Indian journal of veterinary science and animal husbandry - Volume 3,
Year: 1933
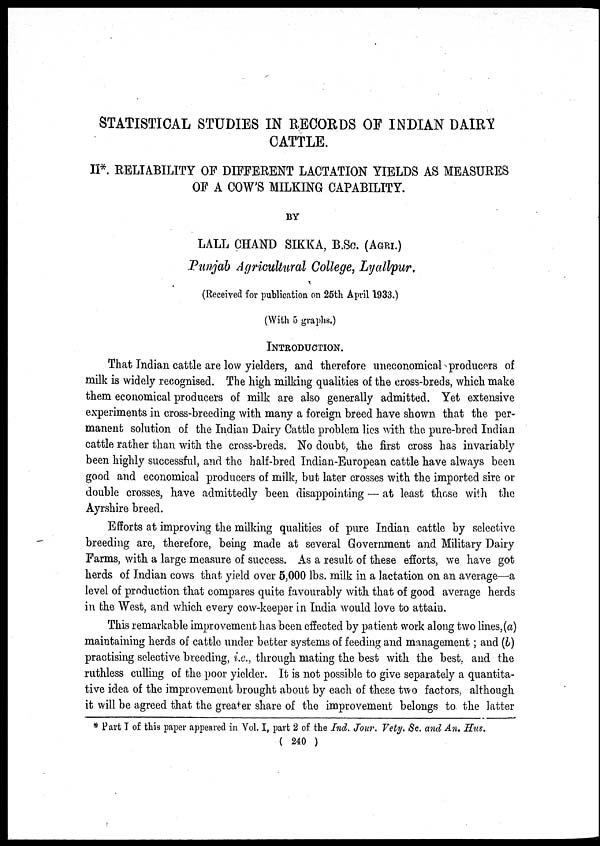
STATISTICAL STUDIES IN RECORDS OF INDIAN DAIRY
CATTLE.
II*. RELIABILITY OF DIFFERENT LACTATION YIELDS AS MEASURES
OF A COW'S MILKING CAPABILITY.
BY
LALL CHAND SIKKA, B.Sc. (AGRI.)
Punjab Agricultural College, Lyallpur.
(Received for publication on 25th April 1933.)
(With 5 graphs.)
INTRODUCTION.
That Indian cattle are low yielders, and therefore uneconomical producers of
milk is widely recognised. The high milking qualities of the cross-breds, which make
them economical producers of milk are also generally admitted. Yet extensive
experiments in cross-breeding with many a foreign breed have shown that the per-
manent solution of the Indian Dairy Cattle problem lies with the pure-bred Indian
cattle rather than with the cross-breds. No doubt, the first cross has invariably
been highly successful, and the half-bred Indian-European cattle have always been
good and economical producers of milk, but later crosses with the imported sire or
double crosses, have admittedly been disappointing — at least those with the
Ayrshire breed.
Efforts at improving the milking qualities of pure Indian cattle by selective
breeding are, therefore, being made at several Government and Military Dairy
Farms, with a large measure of success. As a result of these efforts, we have got
herds of Indian cows that yield over 5,000 lbs. milk in a lactation on an average—a
level of production that compares quite favourably with that of good average herds
in the West, and which every cow-keeper in India would love to attain.
This remarkable improvement has been effected by patient work along two lines,(a)
maintaining herds of cattle under better systems of feeding and management; and (b)
practising selective breeding, i.e., through mating the best with the best, and the
ruthless culling of the poor yielder. It is not possible to give separately a quantita-
tive idea of the improvement brought about by each of these two factors, although
it will be agreed that the greater share of the improvement belongs to. the latter
* Part I of this paper appeared in Vol. I, part 2 of the Ind. Jour. Vety. Sc. and An. Hus.
( 240 )